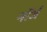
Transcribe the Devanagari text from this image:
नॉर्ज